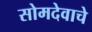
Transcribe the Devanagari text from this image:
सोमदेवाचे